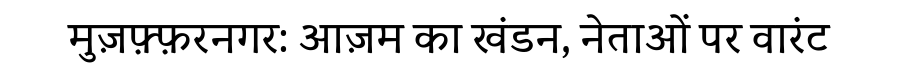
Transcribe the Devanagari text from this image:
मुज़फ़्फ़रनगर: आज़म का खंडन, नेताओं पर वारंट